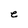
Character: e